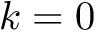
k = 0